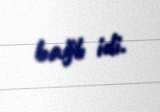
bağlı idi.